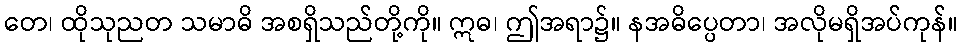
တေ၊ ထိုသုညတ သမာဓိ အစရှိသည်တို့ကို။ ဣဓ၊ ဤအရာ၌။ နအဓိပ္ပေတာ၊ အလိုမရှိအပ်ကုန်။